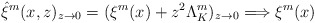
\begin{align*} \hat \xi^m (x,z)_{z\rightarrow 0} = (\xi^m(x) + z^2 \Lambda_K^m)_{z\rightarrow 0} \Longrightarrow \xi^m(x) \,\end{align*}